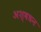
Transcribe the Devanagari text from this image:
अश्वधन